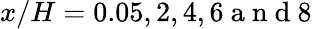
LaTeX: x/H=0.05,2,4,6\mathrm{~a~n~d~}8